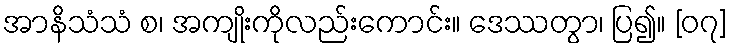
အာနိသံသံ စ၊ အကျိုးကိုလည်းကောင်း။ ဒေဿတွာ၊ ပြ၍။ [၀၇]